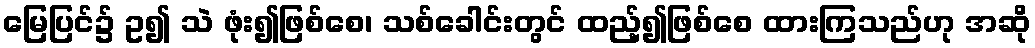
မြေပြင်၌ ဥ၍ သဲ ဖုံး၍ဖြစ်စေ၊ သစ်ခေါင်းတွင် ထည့်၍ဖြစ်စေ ထားကြသည်ဟု အဆို